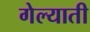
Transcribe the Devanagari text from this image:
गेल्याती